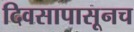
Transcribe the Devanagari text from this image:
दिवसापासूनच